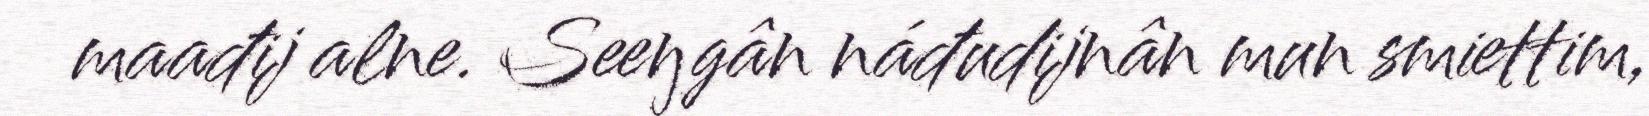
maađij alne. Seeŋgân náđudijnân mun smiettim,